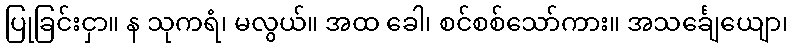
ပြုခြင်းငှာ။ န သုကရံ၊ မလွယ်။ အထ ခေါ၊ စင်စစ်သော်ကား။ အသင်္ချေယျော၊